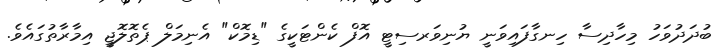
ބުދަދުވަހު މިހާދިސާ ހިނގާފައިވަނީ ޔުނިވަރސިޓީ އޮފް ކެންޓަކީގެ "ޑިމޮކް" އެނިމަލް ޕެތޮލޮޖީ އިމާރާތުގައެވެ.